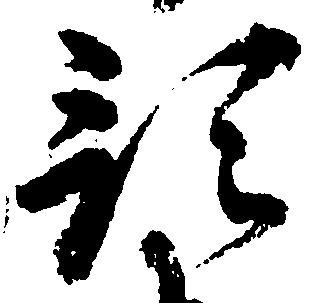
預